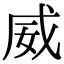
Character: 威